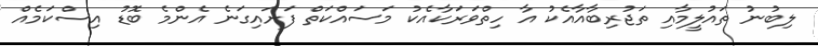
ލިބުނު ތައުލީމާއި ތަޖުރިބާއާއެކު އާ ހިތްވަރަކާއެކު މަސައްކަތް ފަށައިގަނެ އެންމެ ބޮޑު އިސްކަމެއް